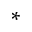
^ \ast